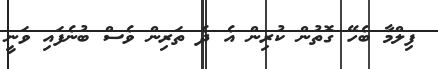
ފިލްމާ ބެހޭ ގޮތުން ކުރިން އެ ދެ ތަރިން ވެސް ބުނެފައި ވަނީ